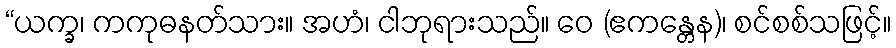
“ယက္ခ၊ ကကုဓနတ်သား။ အဟံ၊ ငါဘုရားသည်။ ဝေ (ဧကန္တေန)၊ စင်စစ်သဖြင့်။